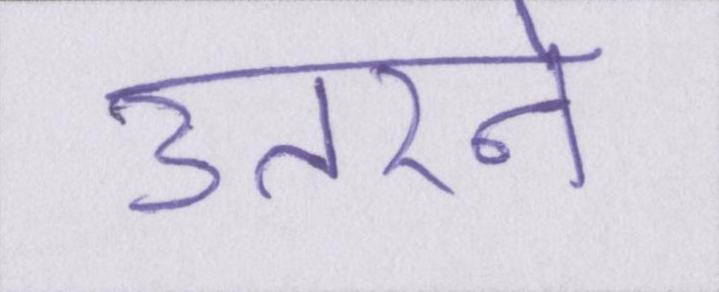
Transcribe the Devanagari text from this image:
उतरने